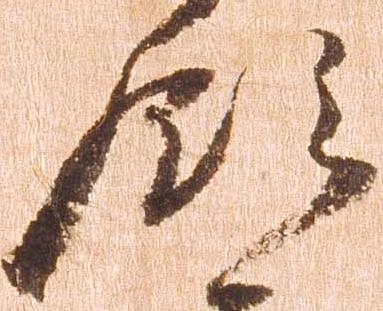
領